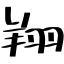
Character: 翔